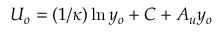
U _ { o } = ( 1 / \kappa ) \ln y _ { o } + C + A _ { u } y _ { o }